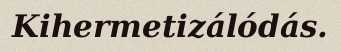
Kihermetizálódás.